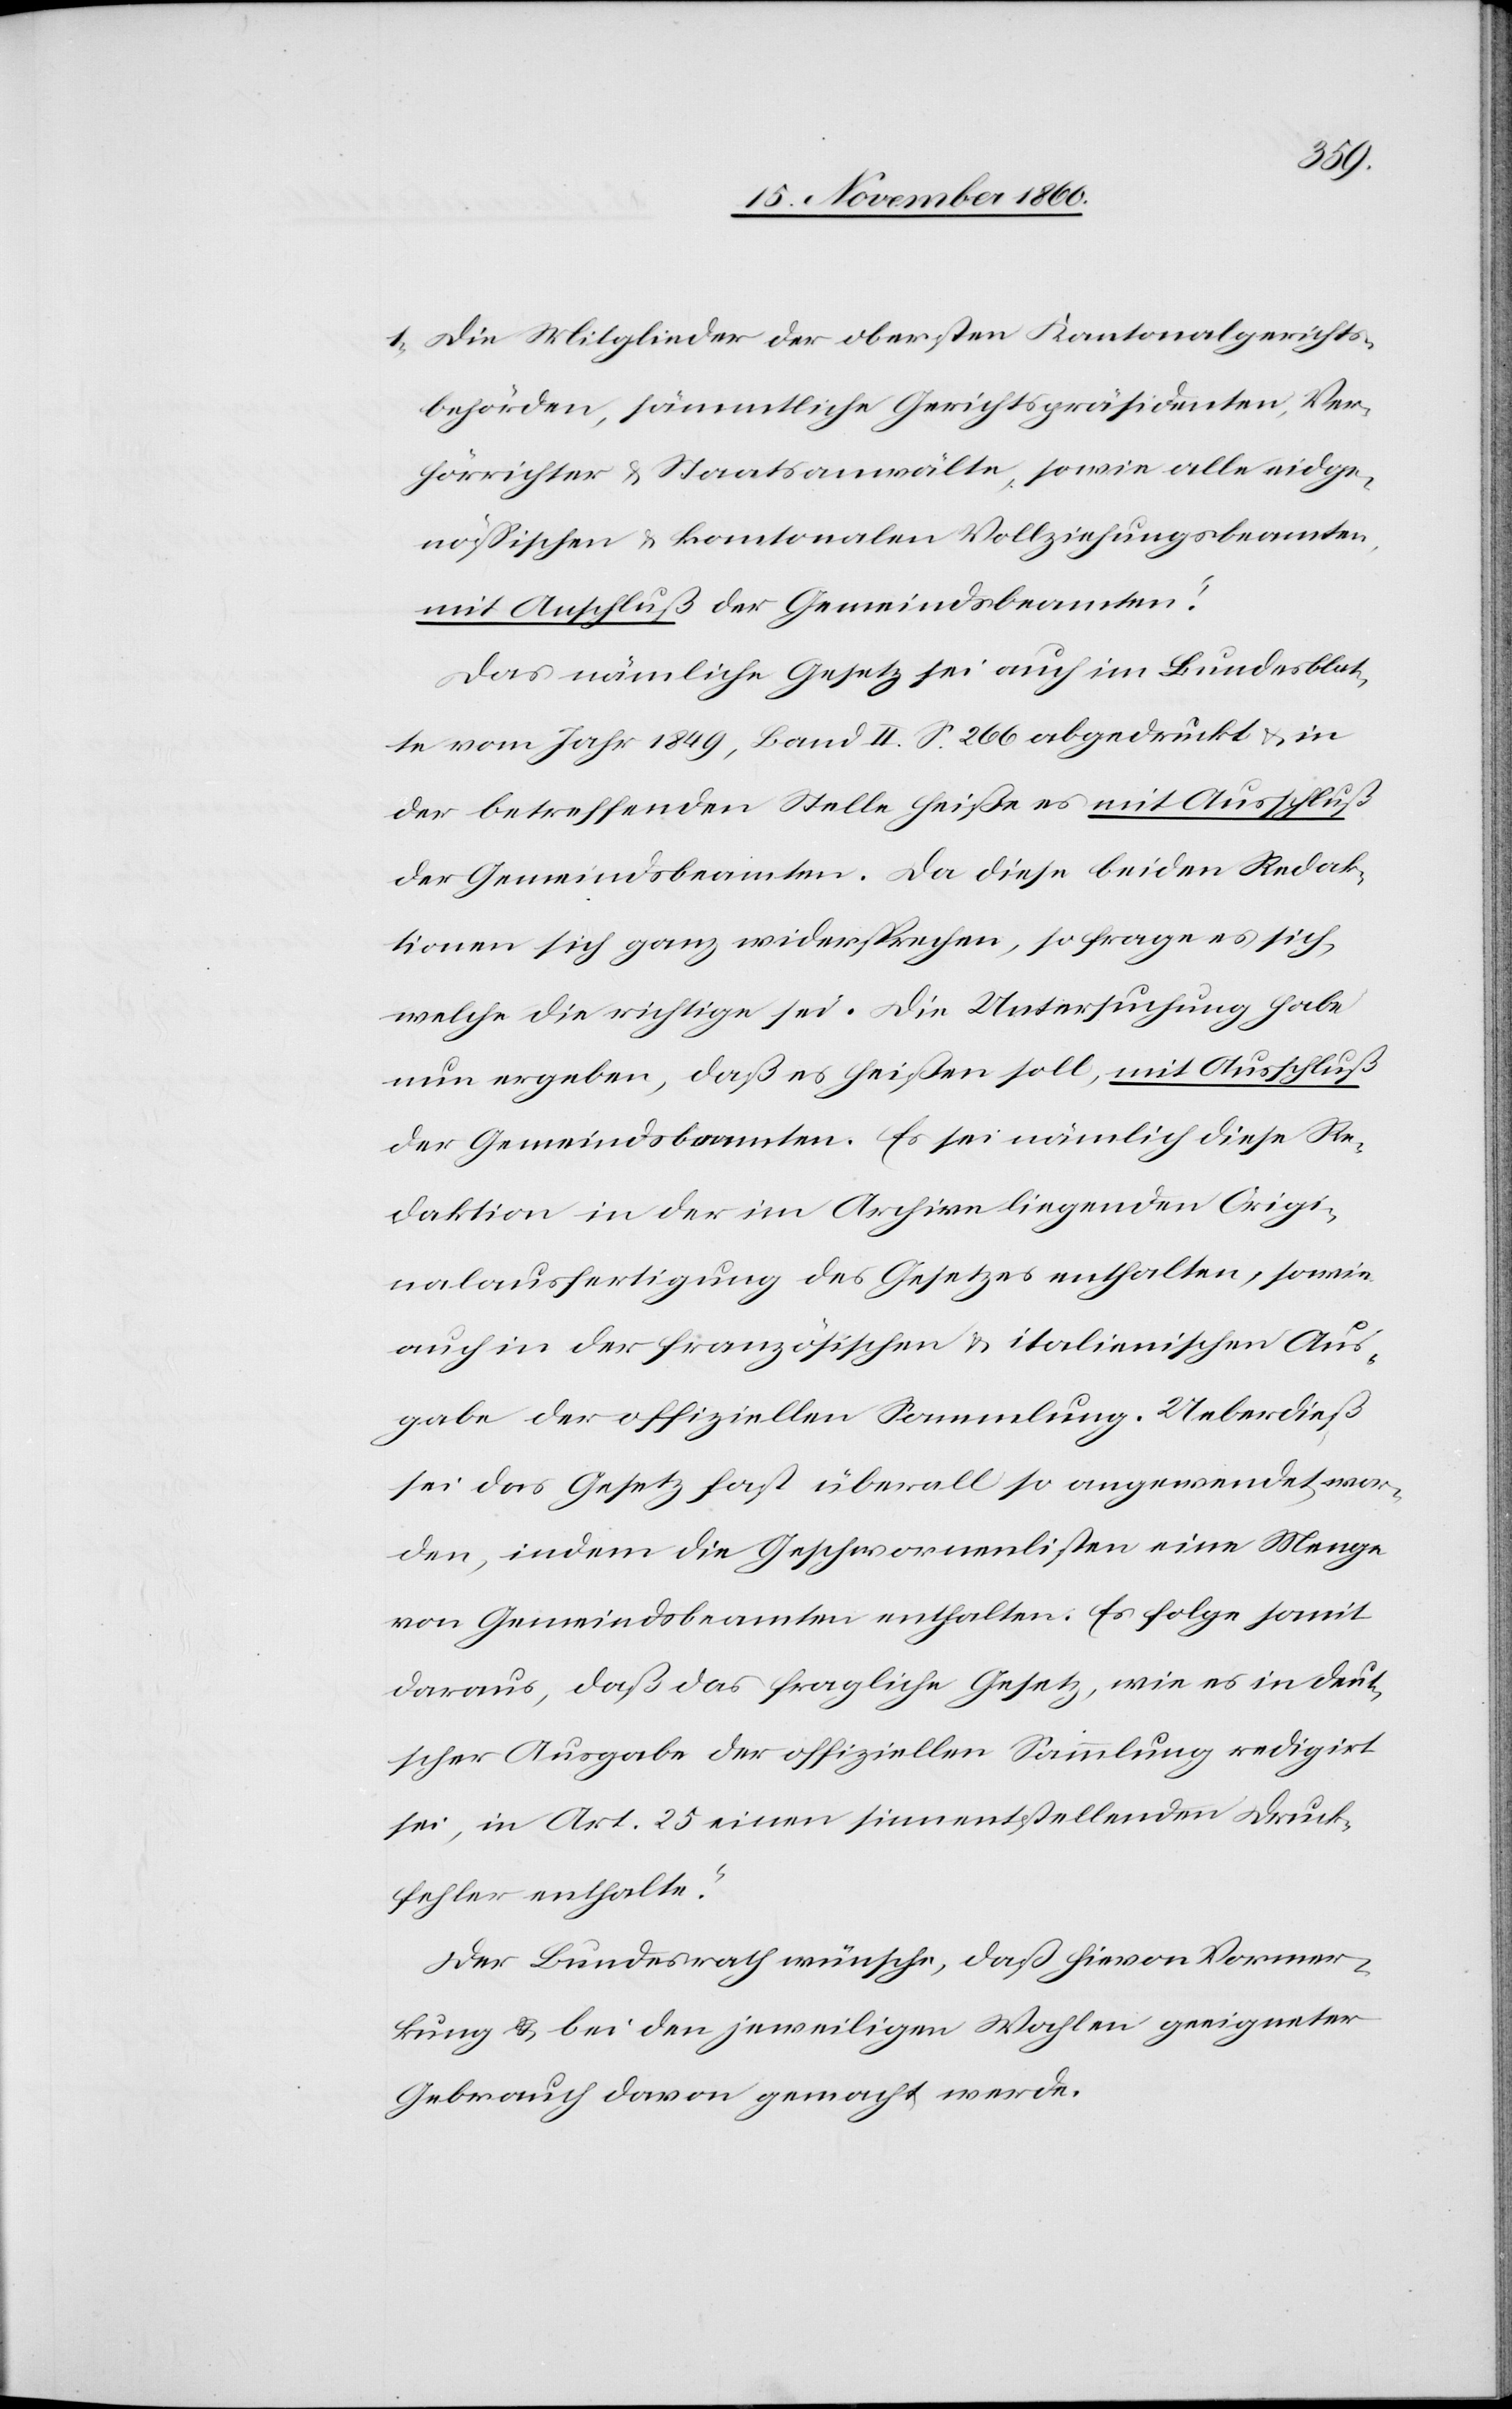
1. Die Mitglieder der obersten Kantonalgerichts¬
behörden, sämmtliche Gerichtspräsidenten, Ver¬
hörrichter u. Staatsanwälte, sowie alle eidge¬
nössischen u. kantonalen Vollziehungsbeamten,
mit Anschluß der Gemeindsbeamten.’
Das nämliche Gesetz sei auch im Bundesblat¬
te vom Jahr 1849, Band II S. 266 abgedruckt u. in
der betreffenden Stelle heiße es mit Ausschluß
der Gemeindsbeamten. Da diese beiden Redak¬
tionen sich ganz widersprechen, so frage es sich,
welche die richtige sei. Die Untersuchung habe
nun ergeben, daß es heißen soll, mit Ausschluß
der Gemeindsbeamten. Es sei nämlich diese Re¬
daktion in der im Archive liegenden Origi¬
nalausfertigung des Gesetzes enthalten, sowie
auch in der französischen u. italienischen Aus¬
gabe der offiziellen Sammlung. Ueberdieß
sei das Gesetz fast überall so angewendet wor¬
den, indem die Geschwornenlisten eine Menge
von Gemeindsbeamten enthalten. Es folge somit
daraus, daß das fragliche Gesetz, wie es in deut¬
scher Ausgabe der offiziellen Sammlung redigirt
sei, in Art. 25 einen sinnentstellenden Druck¬
fehler enthalte.“
Der Bundesrath wünsche, daß hievon Vormer¬
kung u. bei den jeweiligen Wahlen geeigneter
Gebrauch davon gemacht werde.